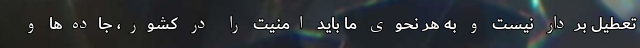
تعطیل بردار نیست و به هر نحوی ما باید امنیت را در کشور، جاده‌ها و